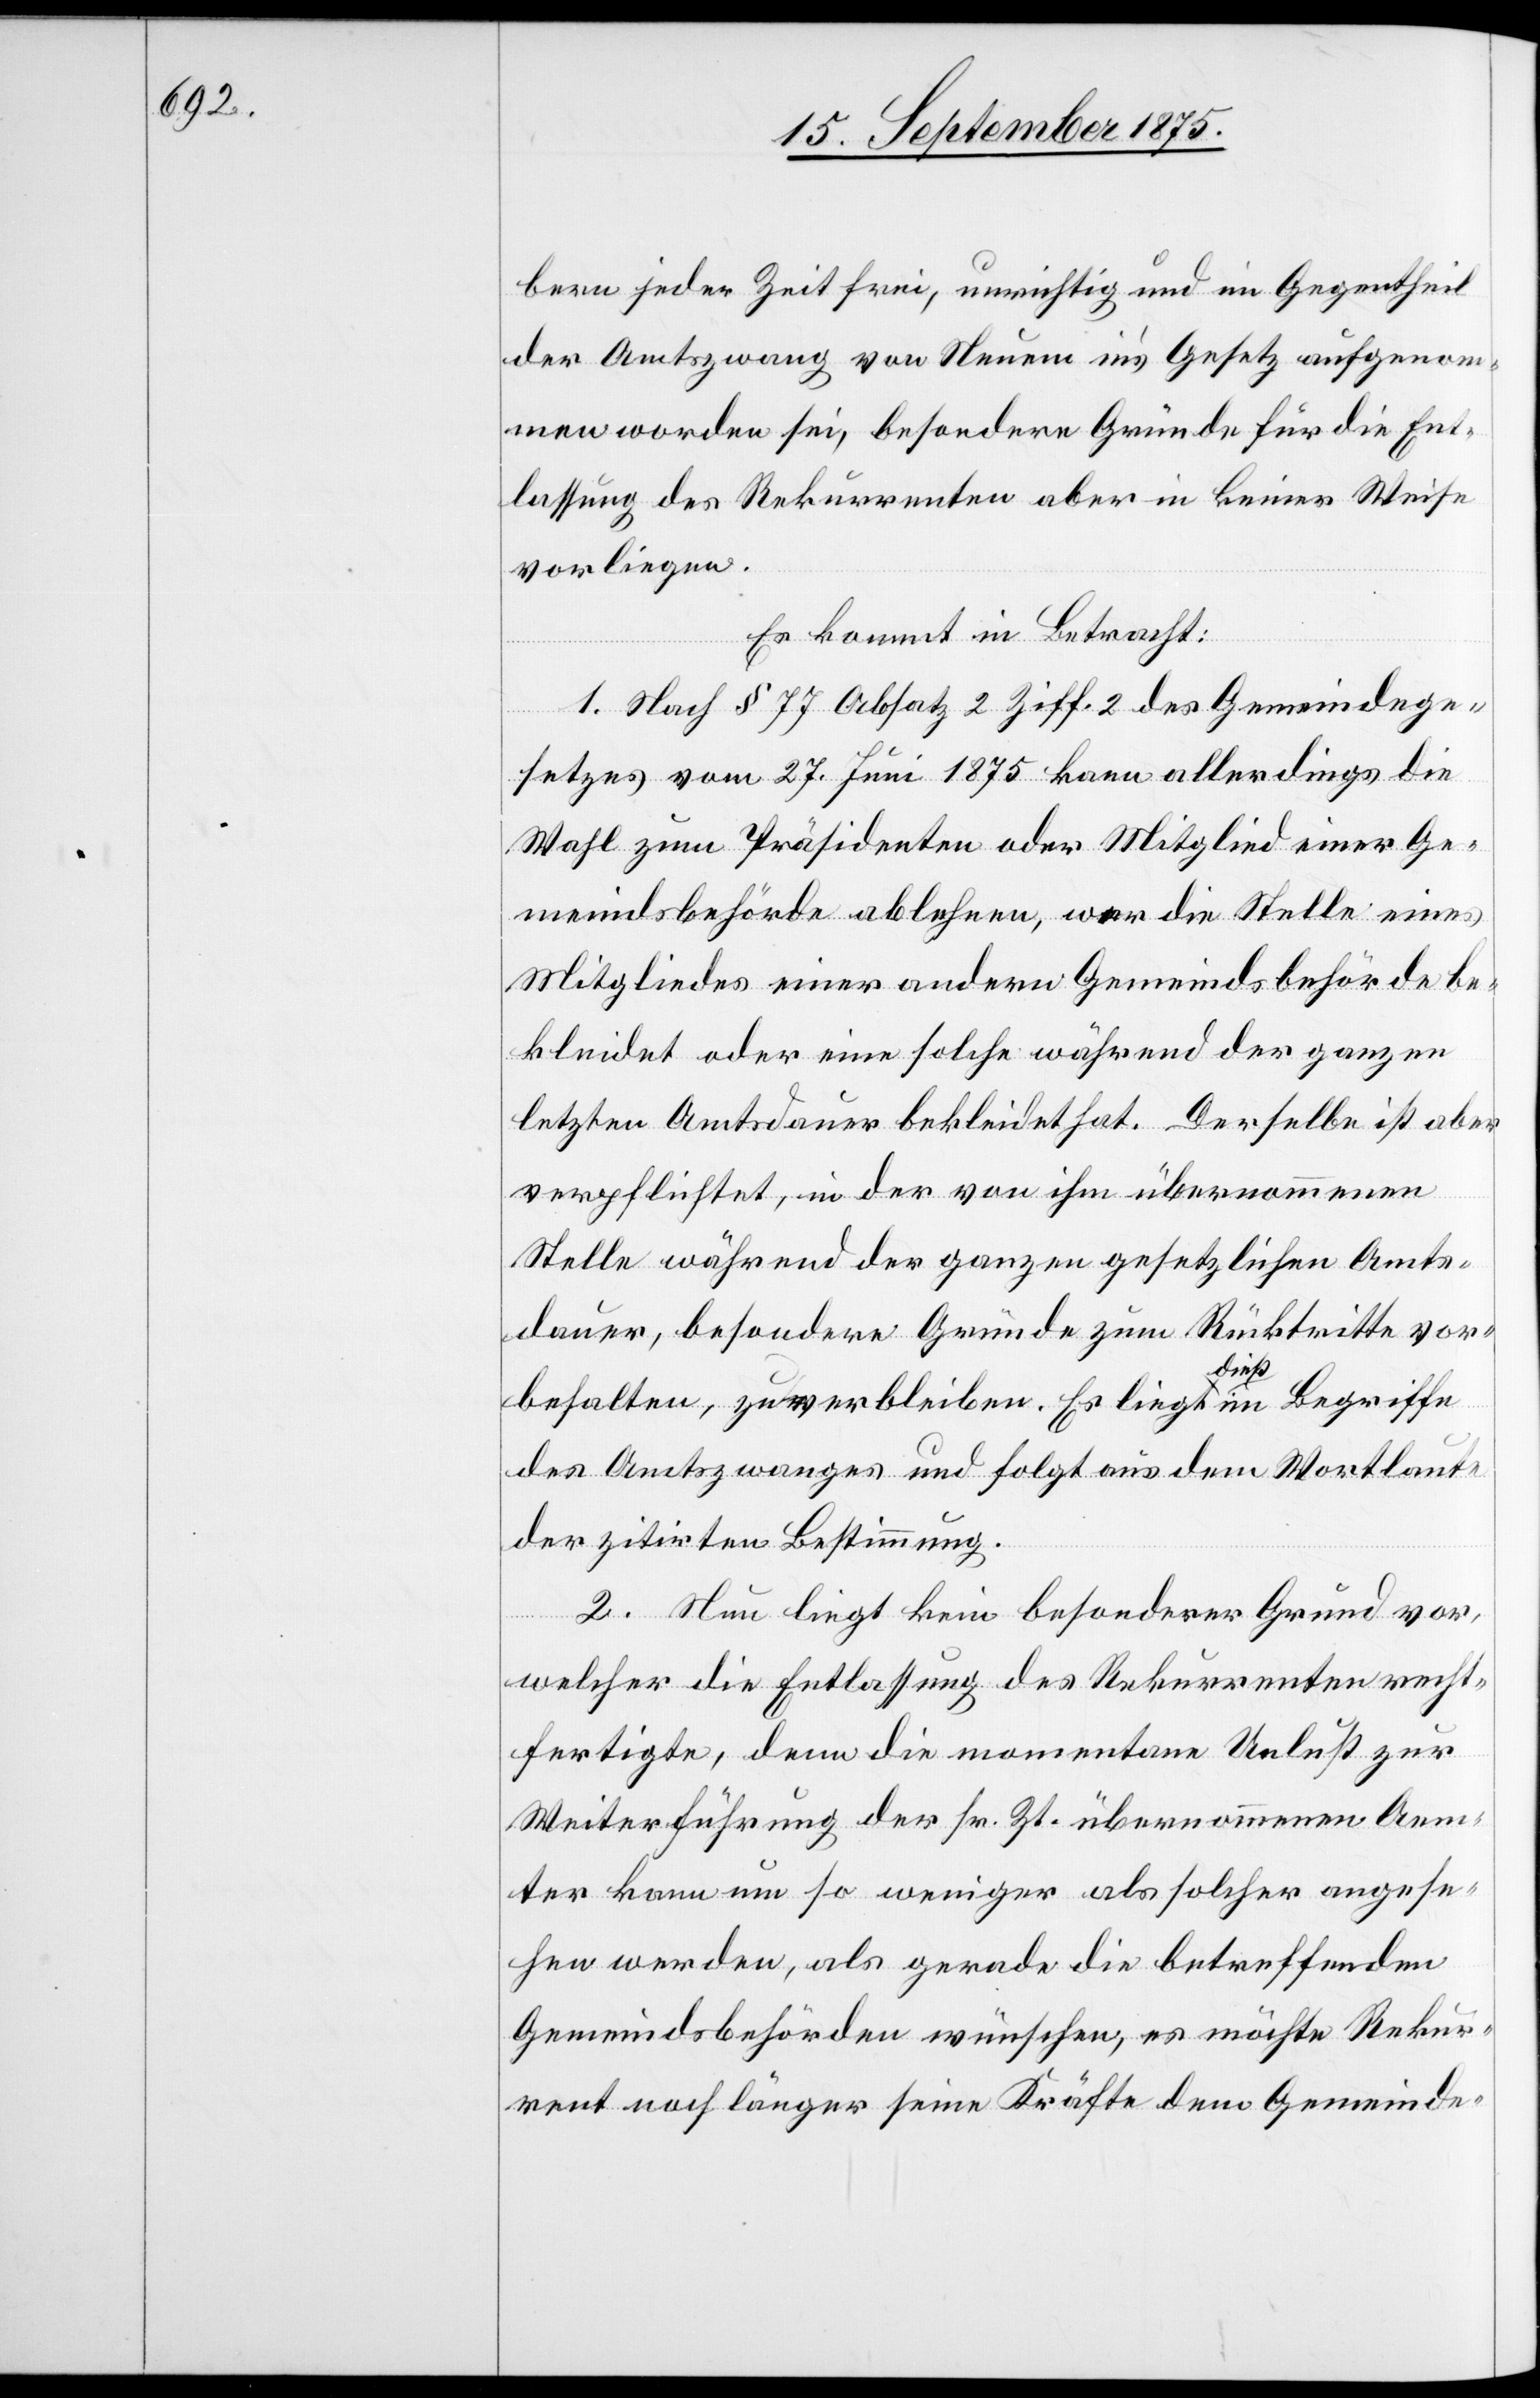
bern jeder Zeit frei, unrichtig und im Gegentheil
der Amtszwang von Neuem in’s Gesetz aufgenom¬
men worden sei, besondere Gründe für die Ent¬
lassung des Rekurrenten aber in keiner Weise
vorliegen.
Es kommt in Betracht:
1. Nach § 77 Absatz 2 Ziff. 2 des Gemeindege¬
setzes vom 27. Juni 1875 kann allerdings die
Wahl zum Präsidenten oder Mitglied einer Ge¬
meindsbehörde ablehnen, wer die Stelle eines
Mitgliedes einer andern Gemeindsbehörde be¬
kleidet oder eine solche während der ganzen
letzten Amtsdauer bekleidet hat. Derselbe ist aber
verpflichtet, in der von ihm übernommenen
Stelle während der ganzen gesetzlichen Amts¬
dauer, besondere Gründe zum Rücktritte vor¬
behalten, zu verbleiben. Es liegt dieß im Begriffe
des Amtszwanges und folgt aus dem Wortlaute
der zitirten Bestimmung.
2. Neu liegt kein besonderer Grund vor,
welcher die Entlassung des Rekurrenten recht¬
fertigte, denn die momentane Unlust zur
Weiterführung der sr. Zt. übernommenen Aem¬
ter kann um so weniger als solcher angese¬
hen werden, als gerade die betreffenden
Gemeindsbehörden wünschen, es möchte Rekur¬
rent noch länger seine Kräfte dem Gemeinde-